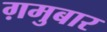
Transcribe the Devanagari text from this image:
ग़मुबार